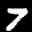
Label: 7